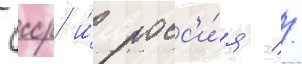
Ссср и́ росс'и́я //